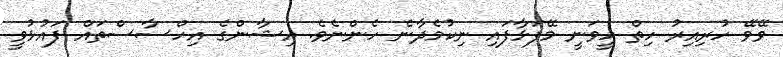
ވޭވޭ ހުރިއިރު ހިތް ހީވަނީ މޭފަޅާފައި ނިކުމެދާނެ ހެންނެވެ. އިޝާންގެ އިހްސާސްތައް ފައުޅުވީ